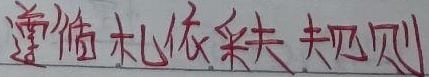
遵循札依采夫规则